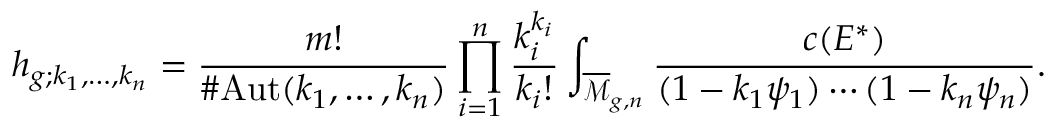
h _ { g ; k _ { 1 } , \dots , k _ { n } } = { \frac { m ! } { \# { \mathrm { A u t } } ( k _ { 1 } , \ldots , k _ { n } ) } } \prod _ { i = 1 } ^ { n } { \frac { k _ { i } ^ { k _ { i } } } { k _ { i } ! } } \int _ { { \overline { { \mathcal { M } } } } _ { g , n } } { \frac { c ( E ^ { * } ) } { ( 1 - k _ { 1 } \psi _ { 1 } ) \cdots ( 1 - k _ { n } \psi _ { n } ) } } .